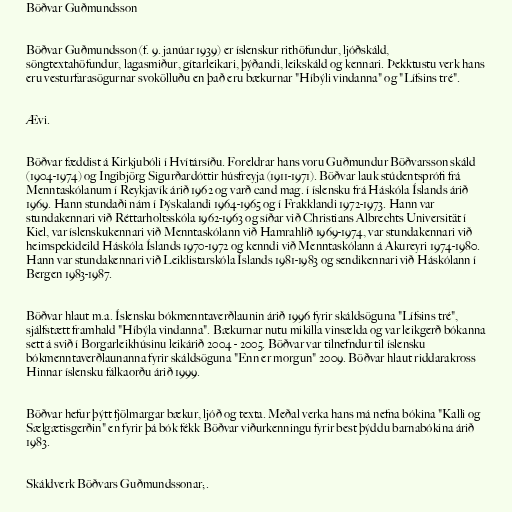
Böðvar Guðmundsson

Böðvar Guðmundsson (f. 9. janúar 1939) er íslenskur rithöfundur, ljóðskáld,
söngtextahöfundur, lagasmiður, gítarleikari, þýðandi, leikskáld og kennari. Þekktustu verk hans
eru vesturfarasögurnar svokölluðu en það eru bækurnar "Híbýli vindanna" og "Lífsins tré".

Ævi.

Böðvar fæddist á Kirkjubóli í Hvítársíðu. Foreldrar hans voru Guðmundur Böðvarsson skáld
(1904-1974) og Ingibjörg Sigurðardóttir húsfreyja (1911-1971). Böðvar lauk stúdentsprófi frá
Menntaskólanum í Reykjavík árið 1962 og varð cand mag. í íslensku frá Háskóla Íslands árið
1969. Hann stundaði nám í Þýskalandi 1964-1965 og í Frakklandi 1972-1973. Hann var
stundakennari við Réttarholtsskóla 1962-1963 og síðar við Christians Albrechts Universität í
Kiel, var íslenskukennari við Menntaskólann við Hamrahlíð 1969-1974, var stundakennari við
heimspekideild Háskóla Íslands 1970-1972 og kenndi við Menntaskólann á Akureyri 1974-1980.
Hann var stundakennari við Leiklistarskóla Íslands 1981-1983 og sendikennari við Háskólann í
Bergen 1983-1987.

Böðvar hlaut m.a. Íslensku bókmenntaverðlaunin árið 1996 fyrir skáldsöguna "Lífsins tré",
sjálfstætt framhald "Híbýla vindanna". Bækurnar nutu mikilla vinsælda og var leikgerð bókanna
sett á svið í Borgarleikhúsinu leikárið 2004 - 2005. Böðvar var tilnefndur til íslensku
bókmenntaverðlaunanna fyrir skáldsöguna "Enn er morgun" 2009. Böðvar hlaut riddarakross
Hinnar íslensku fálkaorðu árið 1999.

Böðvar hefur þýtt fjölmargar bækur, ljóð og texta. Meðal verka hans má nefna bókina "Kalli og
Sælgætisgerðin" en fyrir þá bók fékk Böðvar viðurkenningu fyrir best þýddu barnabókina árið
1983.

Skáldverk Böðvars Guðmundssonar;.